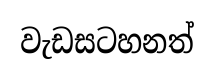
වැඩසටහනත්